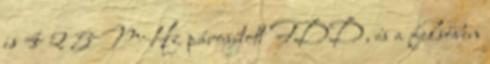
is 4 2 5MHz párosított FDD, és a felsőben